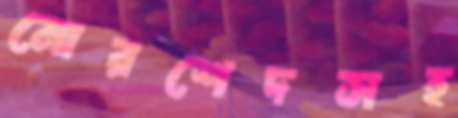
মোরশেদসহ